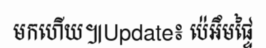
មកហើយ៕Update៖ ប៉េអឹមផ្ទៃ